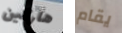
هاركين يقام